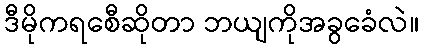
ဒီမိုကရစေီဆိုတာ ဘယျကိုအခွခေံလဲ။